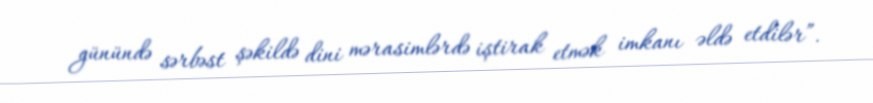
günündə sərbəst şəkildə dini mərasimlərdə iştirak etmək imkanı əldə etdilər”.